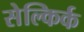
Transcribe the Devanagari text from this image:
सेल्किर्क